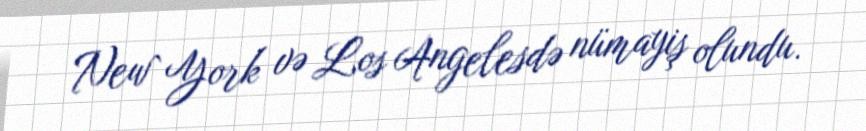
New York və Los Angelesdə nümayiş olundu.